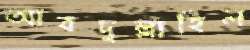
আবদুল্লাহিল